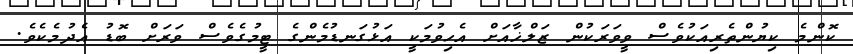
ކޮންމެ ކިޔުންތެރިއަކުވެސް ވީވަރަކުން ޒަލްޚާއަށް އެހިވުމަކީ އަޅުގަނޑުމެންގެ ޓީމުގެވެސް ވަރަށް ބޮޑު އެދުމެކެވެ.